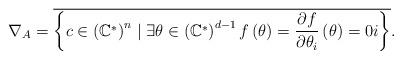
LaTeX: \begin{align*}\nabla_{A} =\overline{\left\{ c\in\left(\mathbb{C}^{*}\right)^{n} \mid\exists\theta\in\left(\mathbb{C}^{*}\right)^{d-1}f\left(\theta\right)=\frac{\partial f}{\partial\theta_{i}}\left(\theta\right)=0i\right\} }.\end{align*}